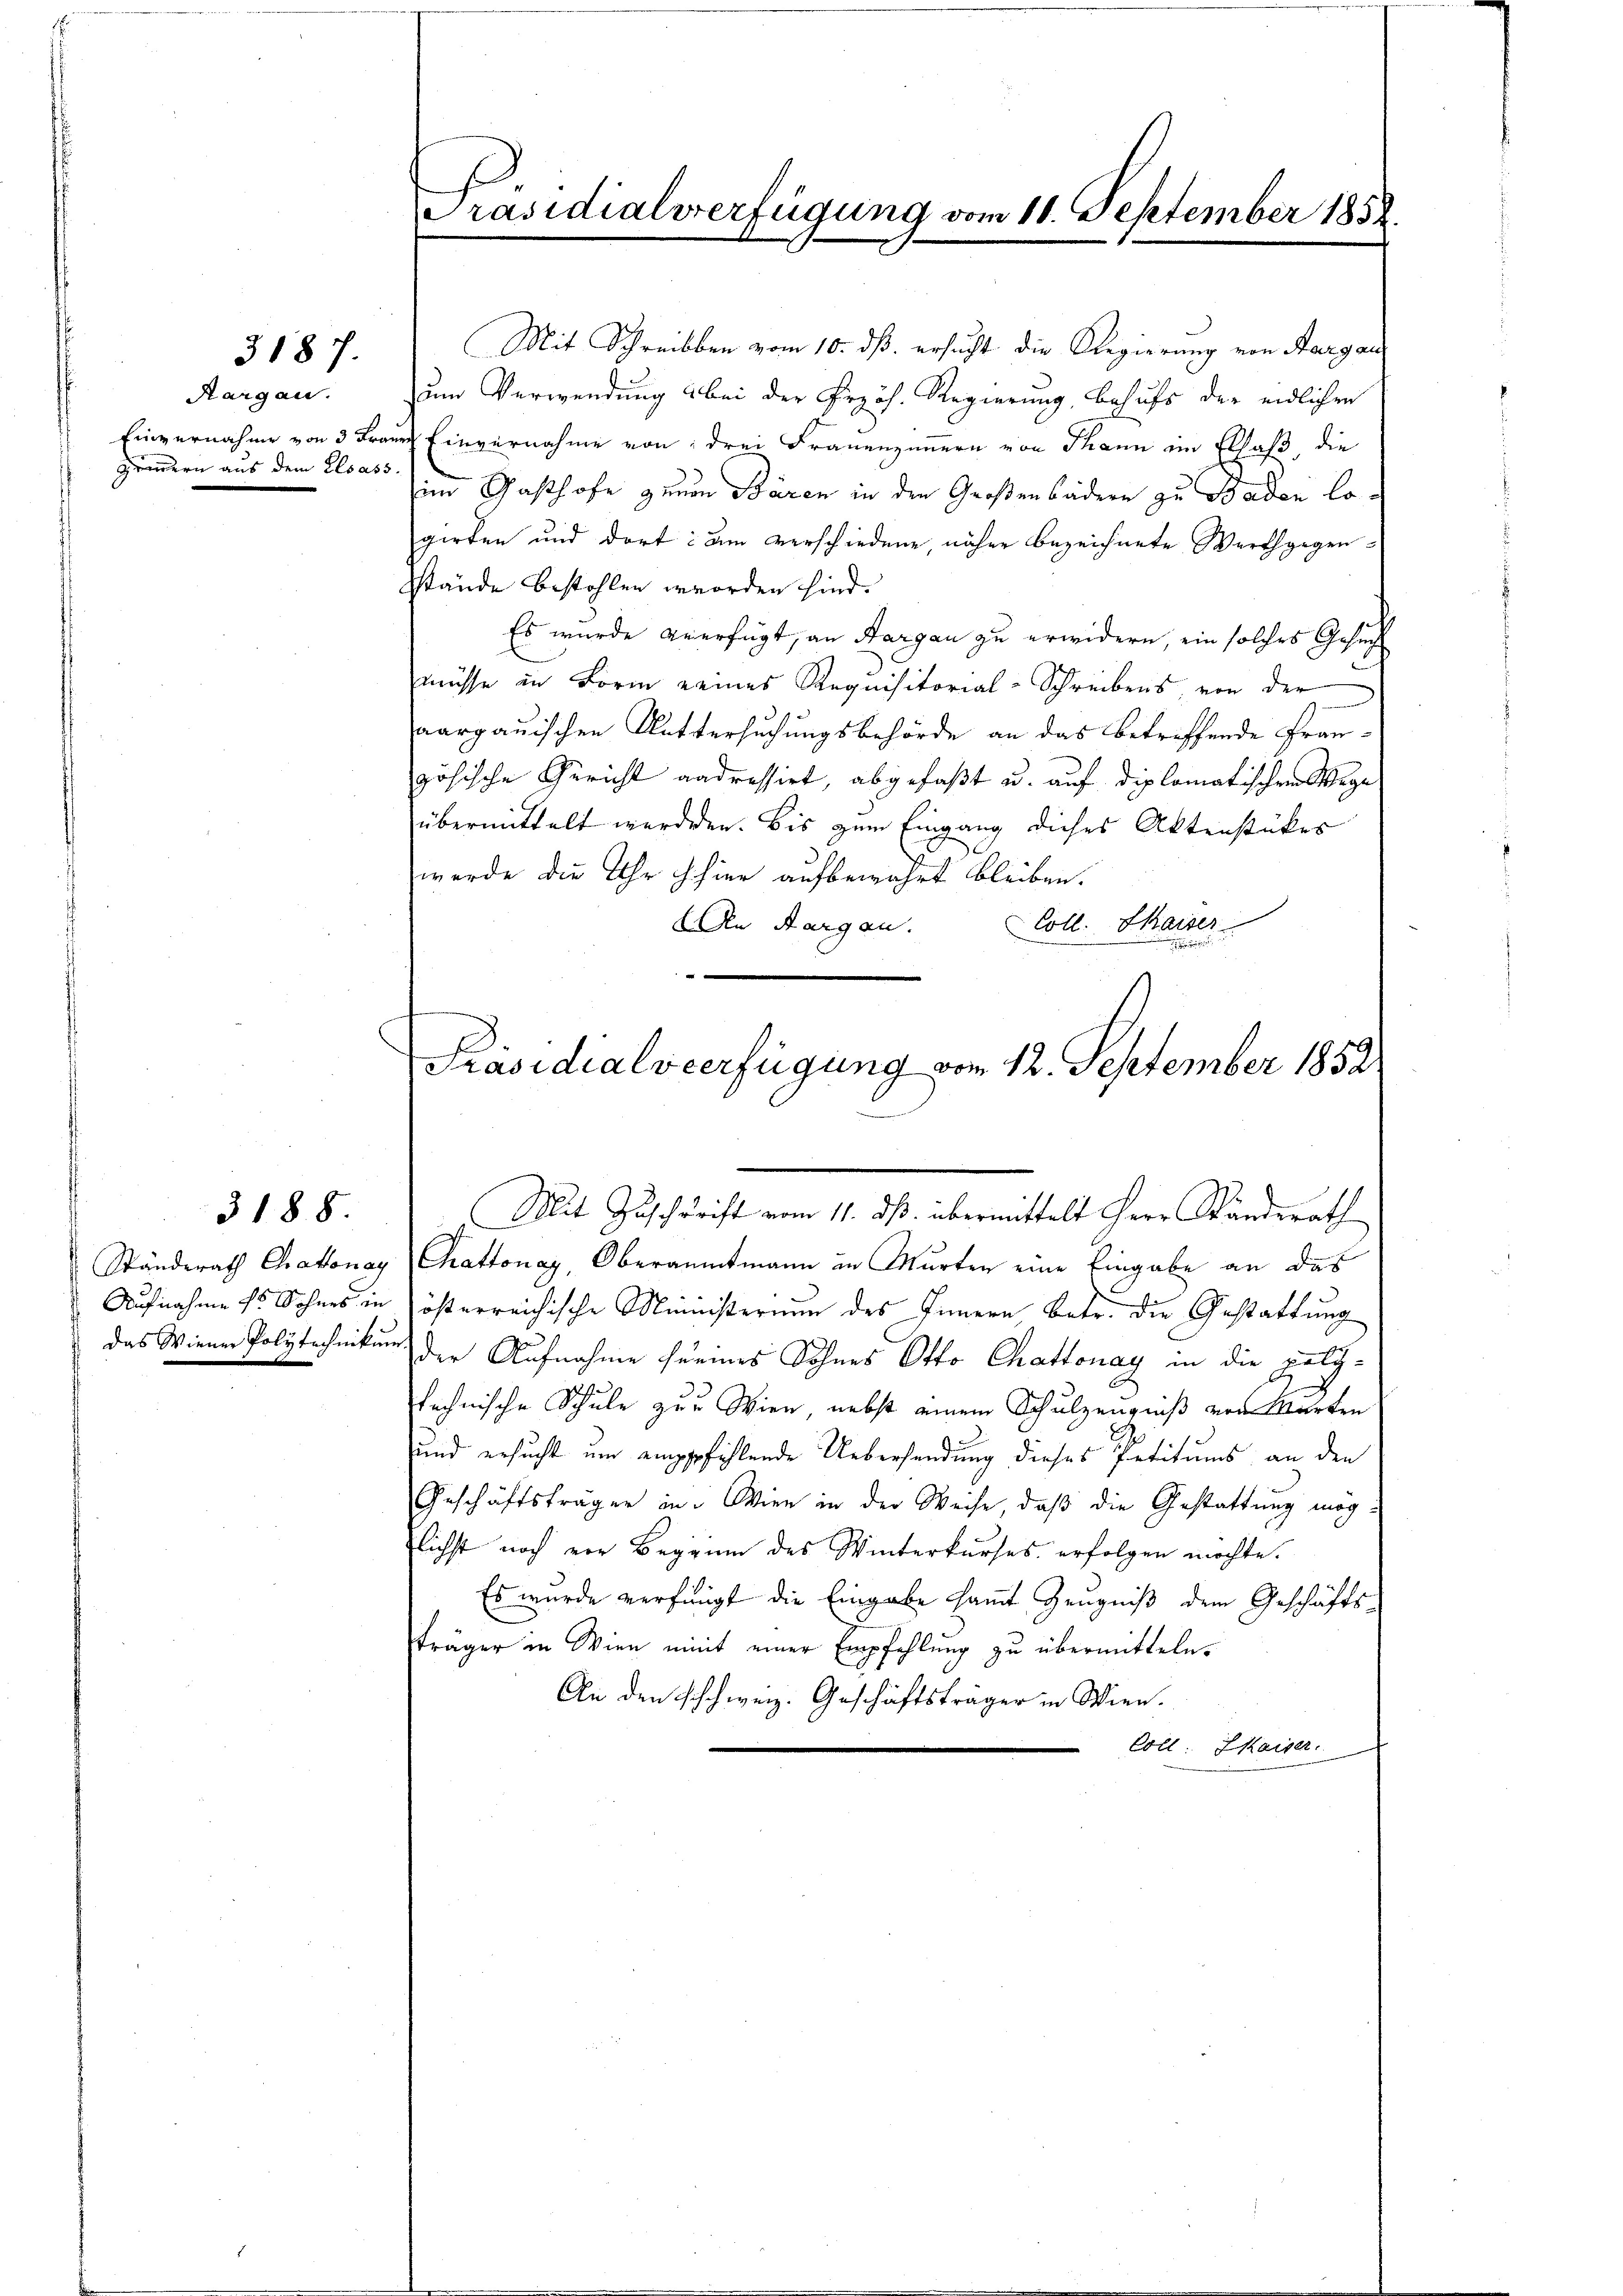
Aargau.
grundern aus dem Elsass.

3187.

3188.

Mit Schreibben vom 10. dß. ersucht die Regierung von Aargau
um Verwendung bei der Przös. Regierung, behufs der eidlichen
Einvernahme von 3 Franz Einvernahme von drei Frauenzimmern von Thann im Elsaß, die
sind Gasthofe genen Bären in den Großensädern zu Baden logirten und dort am verschiedene, näher bezeichnete Werthgegensstände bestohlen worden sind.
Es wurde vierfügt, an Margau zu erwidern, ein solches Gesuch
müsse in Form eines Requisitorial-Schreibens von der
aargauischen Muttersuchungsbehörde an das betreffende Französische Gericht andressirt, abgefaßt u. auf diplomatischen Wege
übermittelt werden. Bis zum Eingang dieses Aktenstükes
werde die Uhr ch hier aufbewahrt bleiben.
Coll. Kaiser
n Aargau.
.

Präsidialverfügung vom 12. September 1852

Präsidialverfügung vom 11. September 1858

Mit Zuschrift vom 11. ds. übermittelt Herr Standerath

Ständerath Chakonay Cattonay, Oberamtmann in Murten eine Eingabe an das
Aufnahme es Sohnes in österreichische Ministerium des Innern Betr. die Gestattung
das Wiener Polytechnikum der Aufnahme ferines Sohnes Otto Chattonay in die polytechnische Schule zur Wien, nebst einem Schulzeugniß von Marten
und ersucht um eigefühlende Uebersendung dieses Petitums an den
Geschäftsträger in Wien in der Weise, daβ die Gestattung möglichst noch vor Beginn des Winterkurses erfolgen möchte.
Es wurde verfingt die Eingabe samt Zeugniß dem Geschäftsträger in Wien nit einer Empfehlung zu übermitteln.
An den schweiz. Geschäftsträger in Wien.
Coll. Kaiser